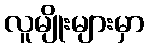
လူမျိုးများမှာ